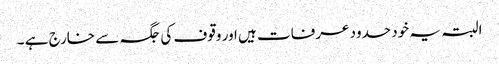
البتہ یہ خود حدود عرفات ہیں اور وقوف کی جگہ سے خارج ہے ۔